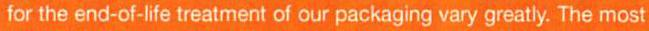
for the end-of-life treatment of our packaging vary greatly. The most